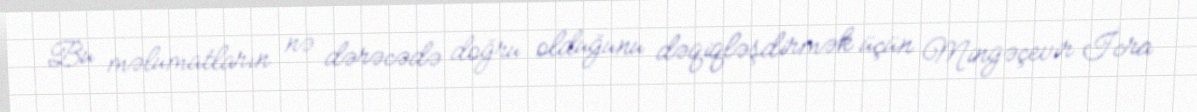
Bu məlumatların nə dərəcədə doğru olduğunu dəqiqləşdirmək üçün Mingəçevir İcra